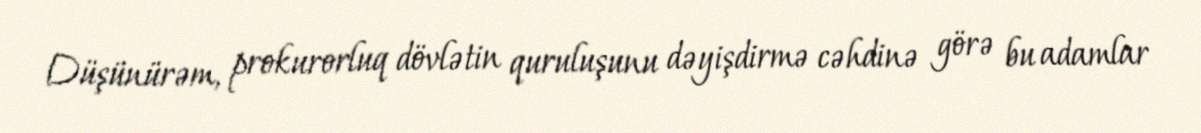
Düşünürəm, prokurorluq dövlətin quruluşunu dəyişdirmə cəhdinə görə bu adamlar